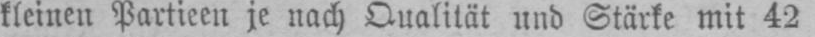
kleinen Partieen je nach Qualität und Stärke mit 42